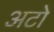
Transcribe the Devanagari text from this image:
अटो